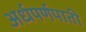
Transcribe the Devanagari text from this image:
अर्धपर्णपाती